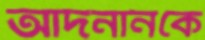
আদনানকে